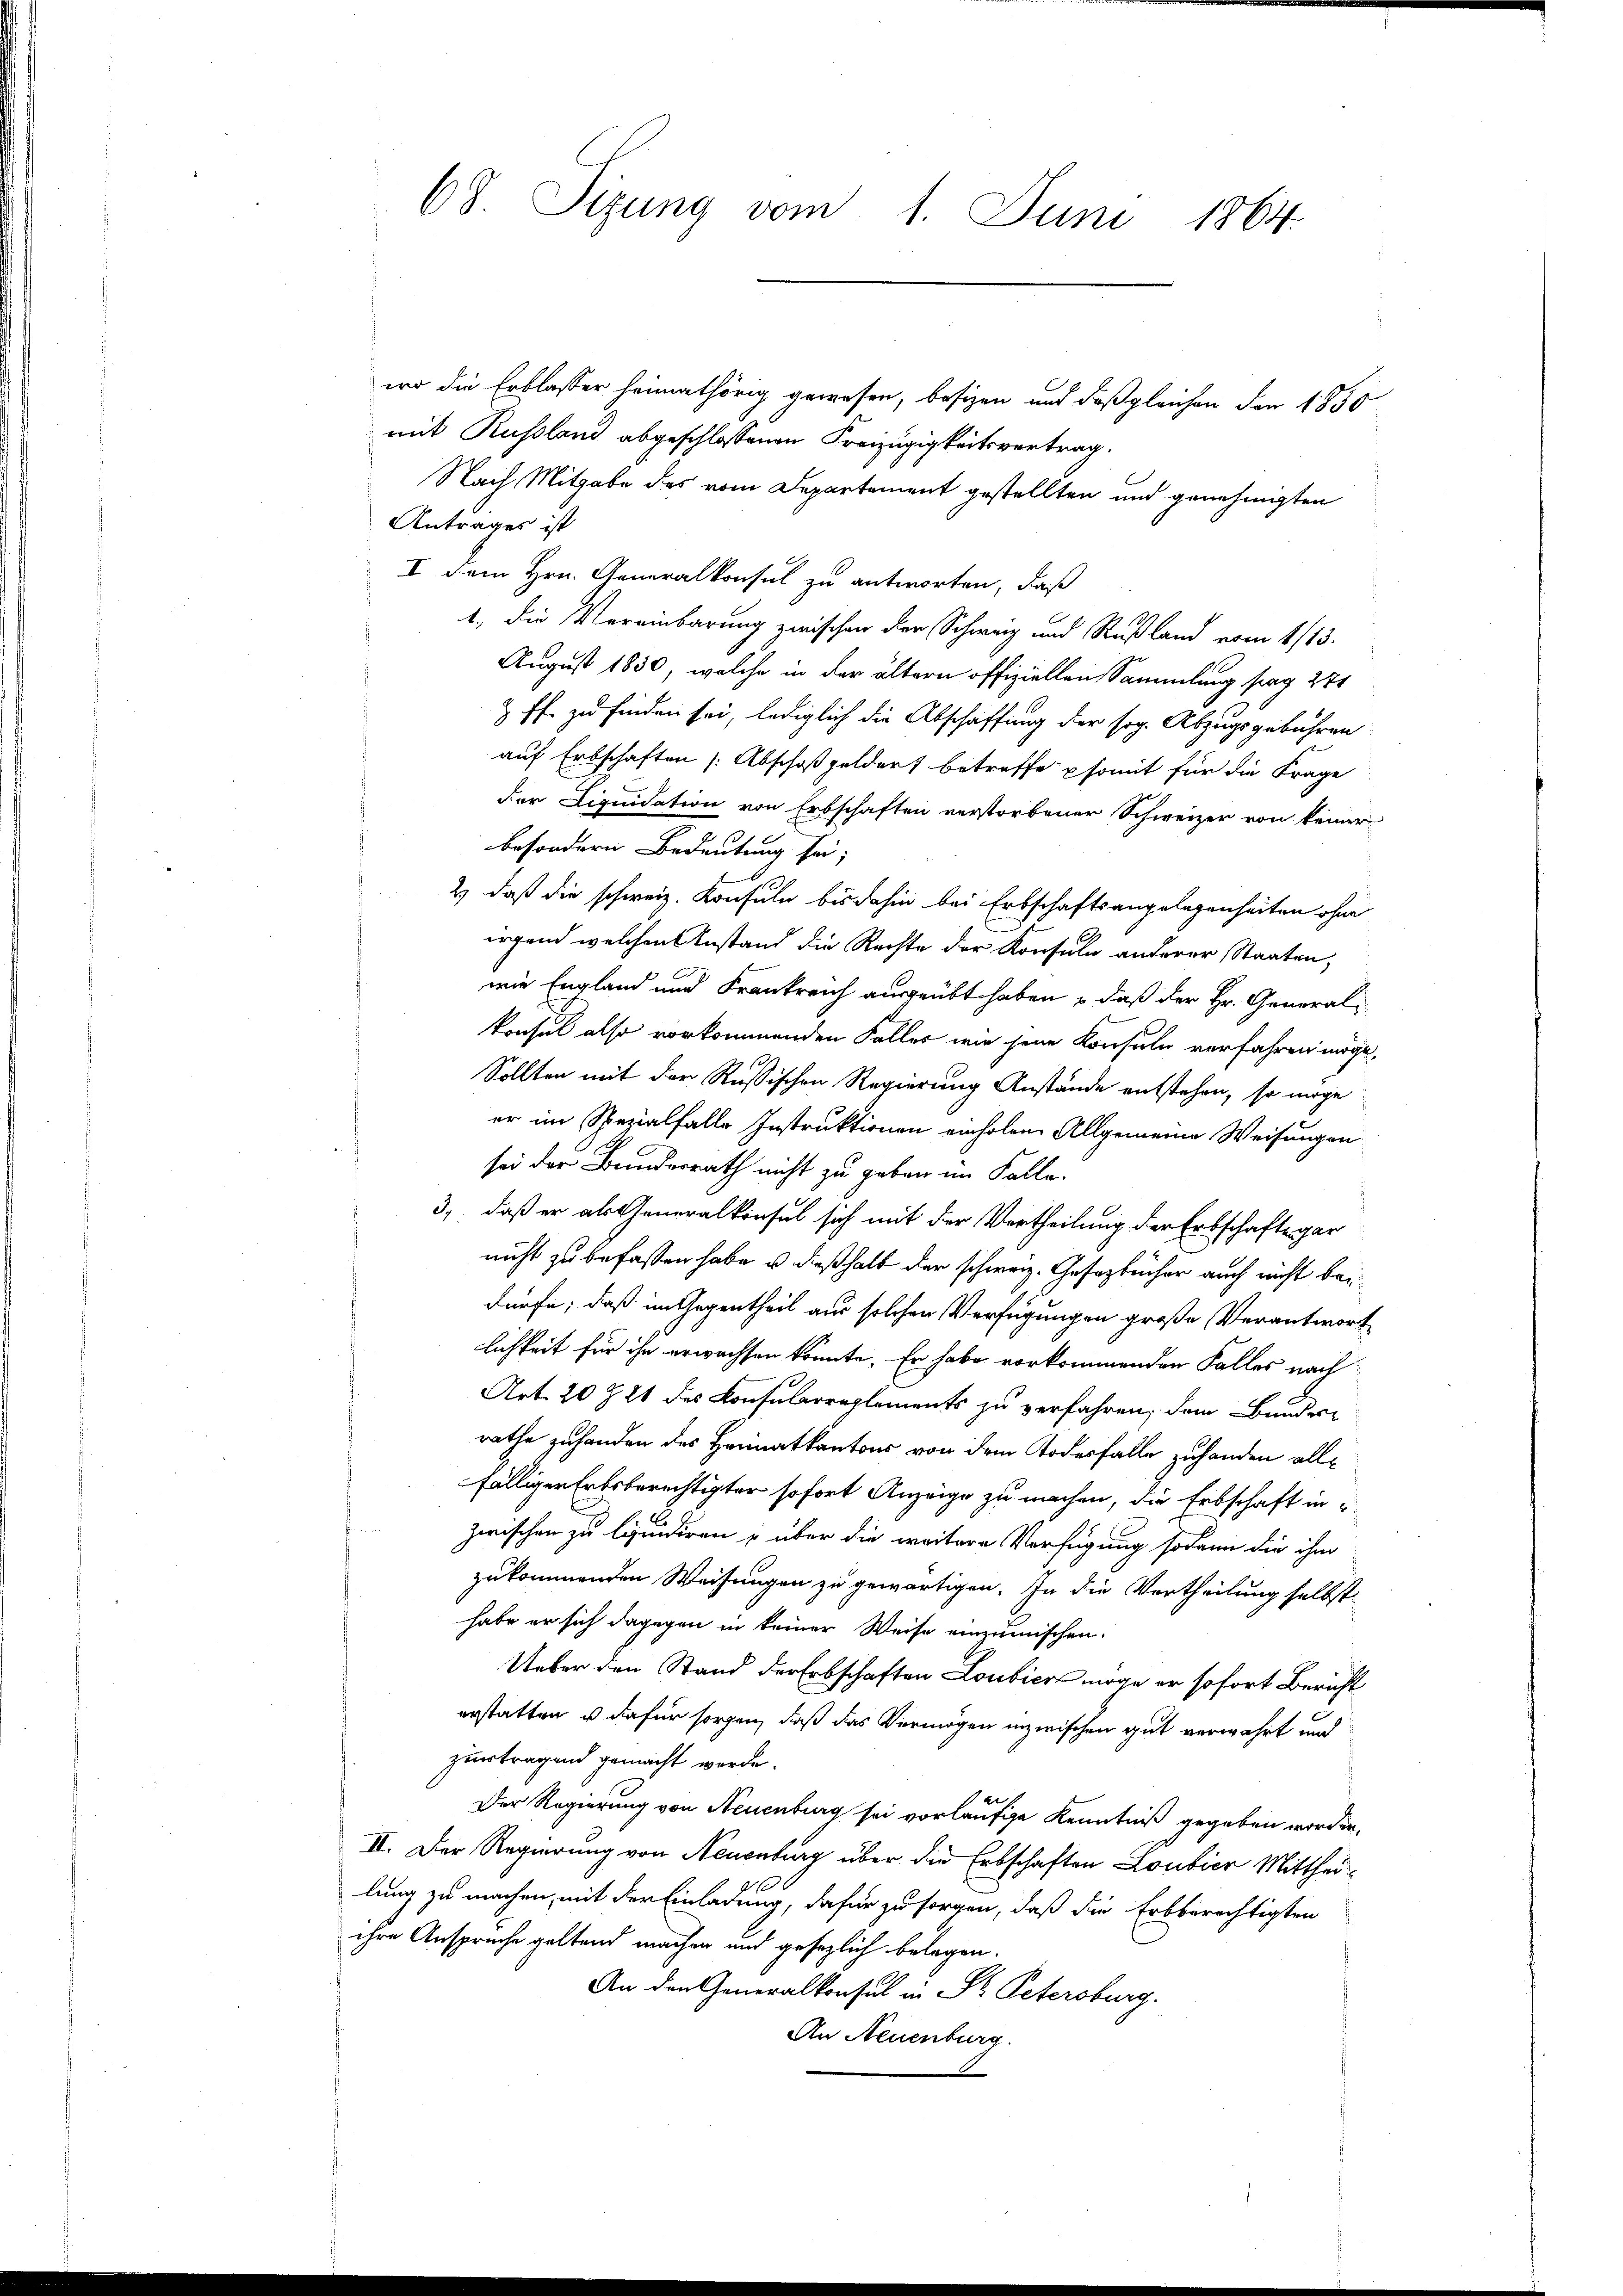
68. Sizung vom 1. Juni 1864.

wo die Erblasser heimathörig gewesen, besizen und daß gleichen den 1850
mit Russland abgeschlossenen Freizügigkeitsvertrag.
Nach Mitgabe des vom Departement gestellten und genehmigten
Antrages ist
I dem Hrn. Generalkonsul zu antworten, daß
1. Die Vereinbarung zwischen der Schweiz und Rußland vom 4/13.
August 1830, welche in der ältern offiziellen Sammlung sag 271
& ff. zu finden sei, lediglich die Abschaffung der sog. Abzugsgebühren
auf Erbschaften [Abschoßgeldert betreffe somit für die Frage
der Liquidation von Erbschaften verstorbener Schweizer von keiner
besondern Bedeutung sei;
2) daß die schweiz. Konsuln bis dahin bei Erbschaftsangelegenheiten ohne
irgend welchen Anstand die Rechte der Konsuln anderer Staaten,
wie England und Frankreich ausgeübt haben – daß der Hr. General-
konsul also vorkommenden Faller wie jene Konsuln verfahren möge,
Sollten mit der Russischen Regierung Anstände entstehen, so möge
er im Spezialfalle Instruktionen einholen Allgemeine Weisungen
sei der Bundesrath nicht zu geben im Falle.
3) daß er als Generalkonsul sich mit der Vertheilung der Erbschaftsgar-
nicht zu befassen habe u. dießhalb der schweiz. Gesetzbücher auch nicht bei
dürfe; daß im Gegentheil aus solchen Verfügungen große Verantwort
lichkeit für ihn erwachsen könnte. Er habe vorkommenden Falles nach
Art. 20 Z. 21 des Konsularreglements zu verfahren, dem Bundere
rathe zuhanden des Heimatkantons von dem Todesfalle zuhanden allfälliger Erbsberechtigter sofort Anzeige zu machen, die Erbschaft in
zwischen zu liquidiren u über die weitere Verfügung sodann die ihm
zukommenden Weisungen zu gewärtigen. In die Vertheilung selbst
habe er sich dagegen in keiner Weise einzumischen.
Ueber den Stand der Erbschaften Loubica möge er sofort Bericht
erstatten u. dafür sorgen, daß das Vermögen inzwischen gut verwahrt und
zurtragend gemacht werde.
Der Regierung von Neuenburg sei vorläufige Kenntniß gegeben worden,
II. Der Regierung von Neuenburg über die Erbschaften Loubier Mittheilung zu machen, mit der Einladung, dafür zu sorgen, daß die Erbberechtigten
ihre Anspruche geltend machen und gesezlich belegen.
An den Generalkonsul in St. Petersburg.
An Neuenburg.